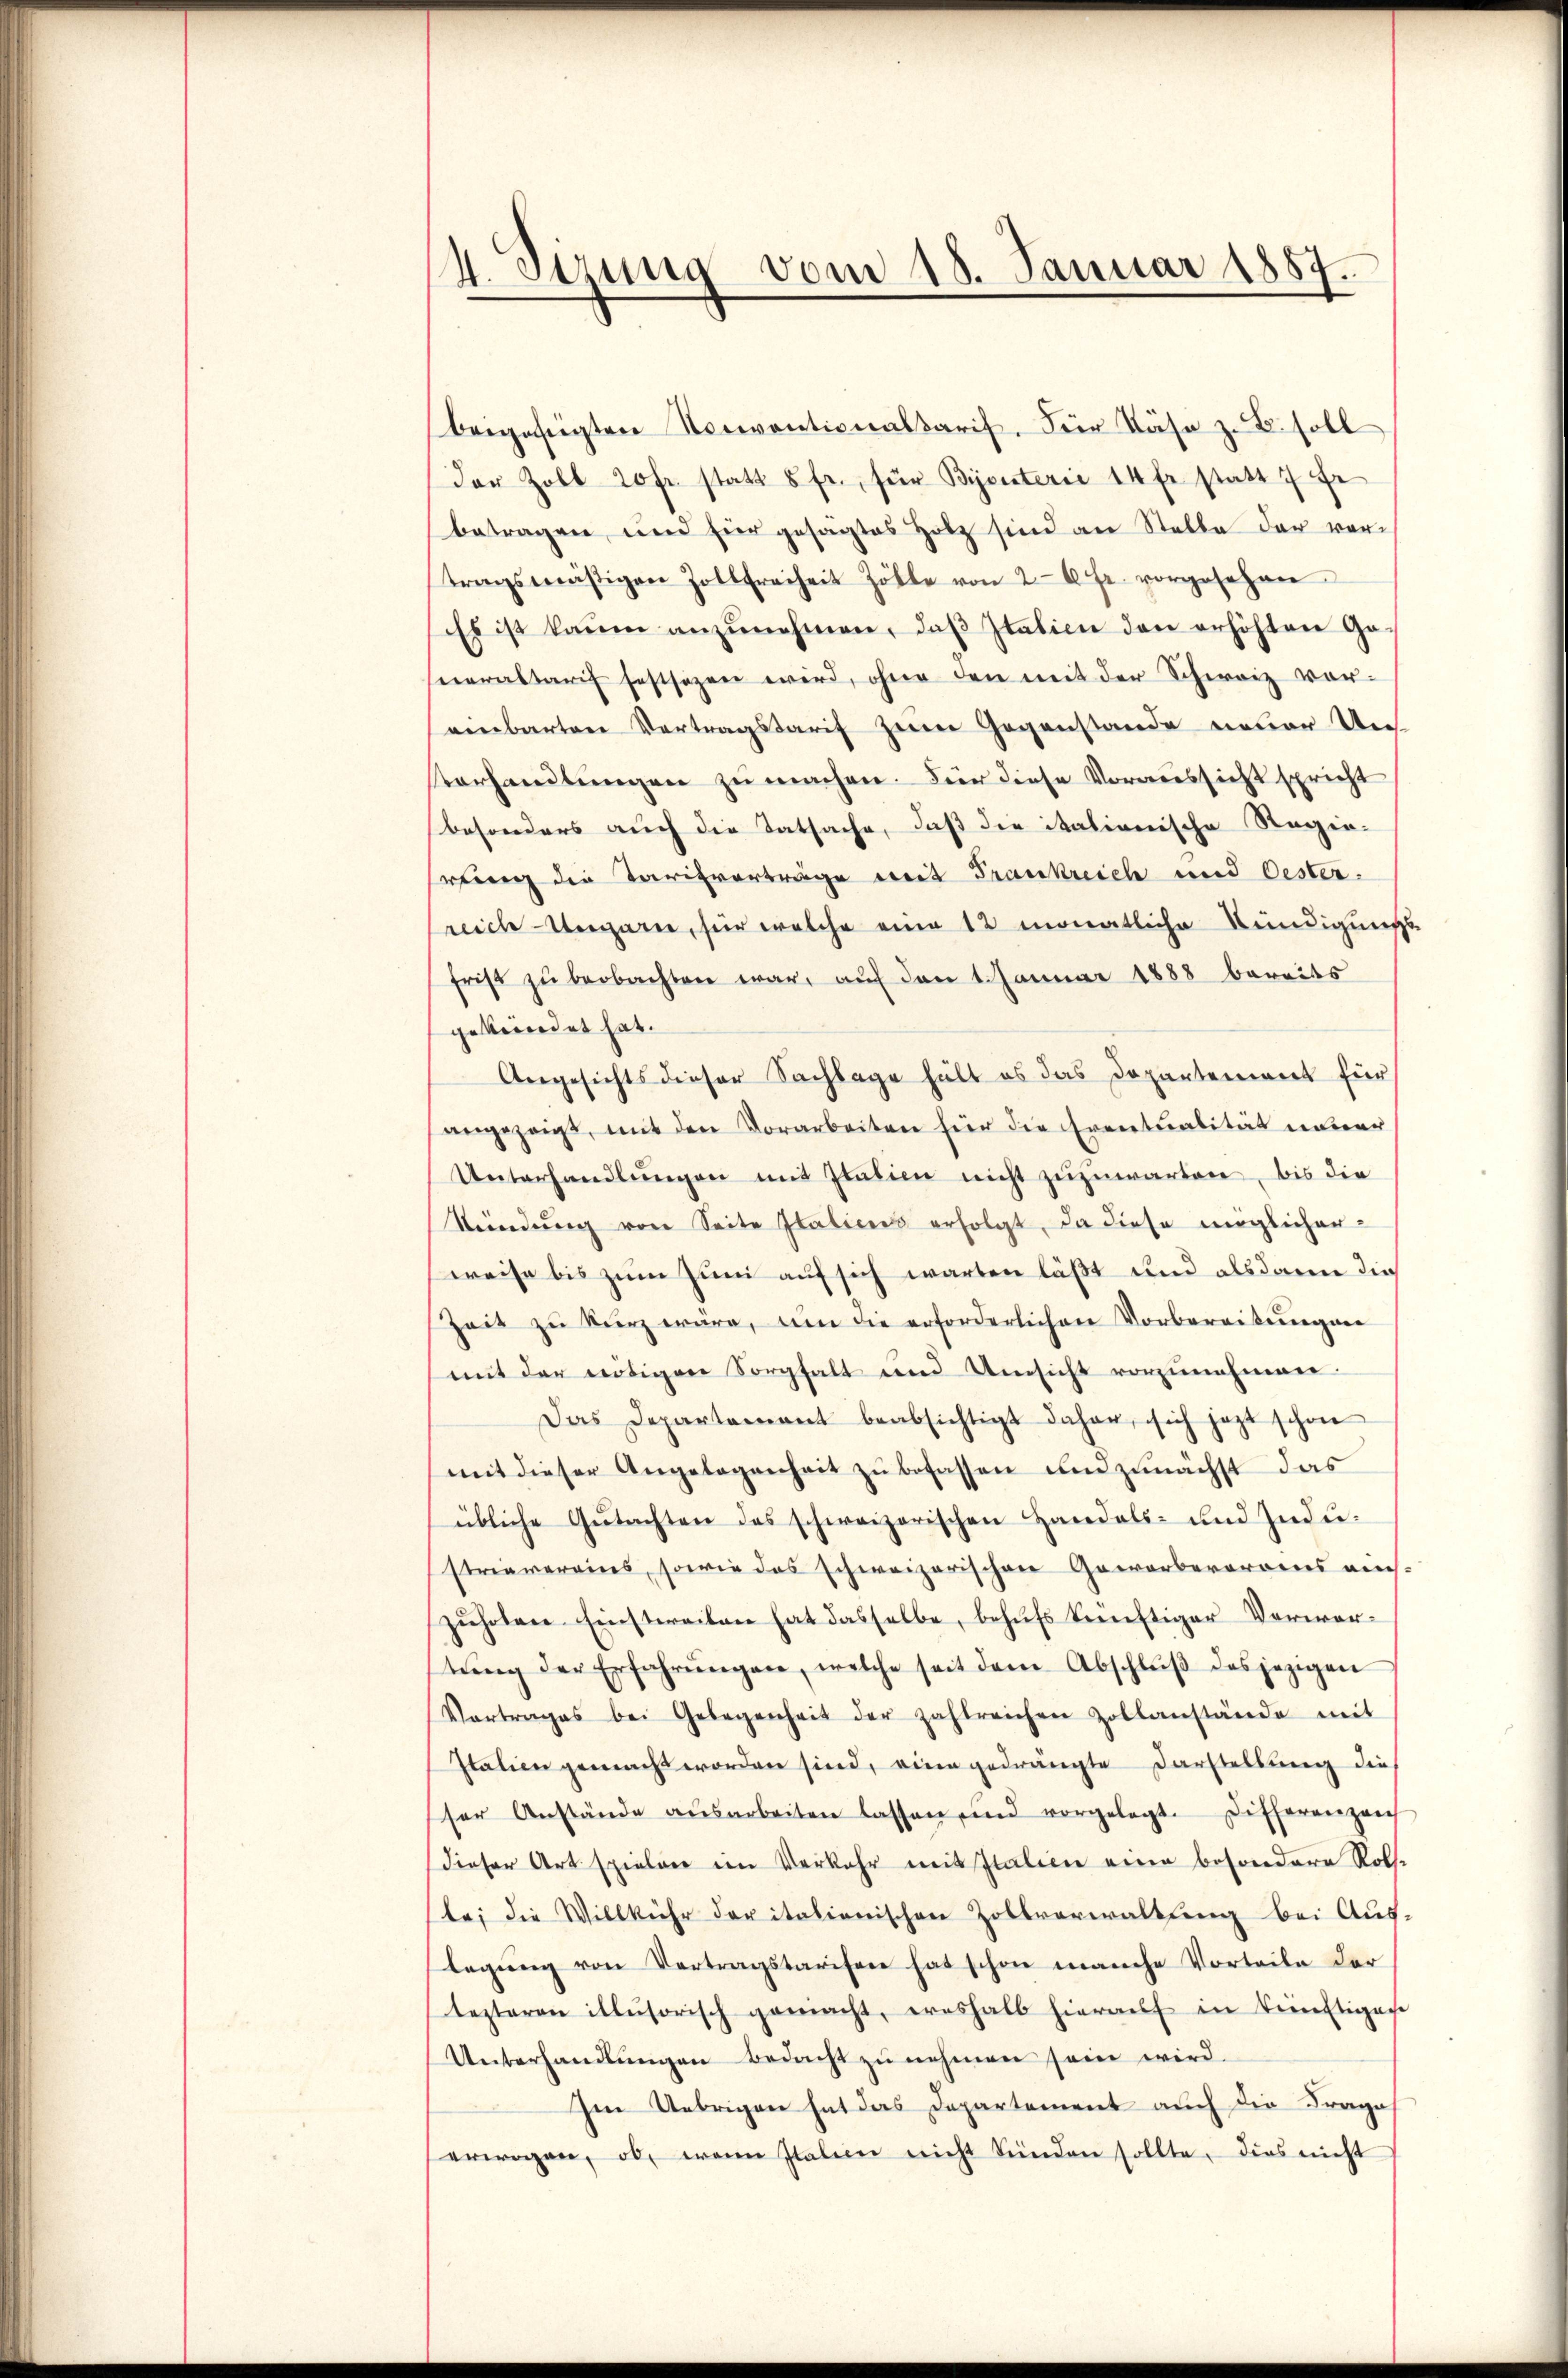
4. Sizung vom 18. Januar 1884.

beigefügten Noriventionaltaris. Für Nähe z. B. soll
der Zoll 20 fr. statt 5 fr., für Bijouterie 14 fr statt 7 Fr
betragen und für gesagtes Holz sind an Stelle der vortragsmäßigen Zollfreiheit Zölle von 260 fr. vorgesehen
Es ist kaum anzŭnehmen, daβ Italien den erhöhten Ge-
neraltarif festsezen wird, ohne den mit der Schweiz voreinbarten Vertragstarif zum Gegenstande neuer Un¬
Verhandlungen zu machen. Für diese Voraussicht spricht
besonders auch die Tatsache, daß die italionische Regie-
rung die Tarifverträge mit Frankreich und Oester.
reich ergarn, für welche eine 12 monatliche Kündigungs-
frist zu beobachten war, auf den 1. Januar 1888 bereits
geborendet hat.
Angesichts dieser Sachlage hält es das Departement für
angezeigt, mit den Vorarbeiten für die Eventualität inner
Unterhandlŭngen mit Italien nicht zuzuwarten, bis die
Sendung von Seite Italienis erfolgt, da diese möglicher-
weise bis zum Juni auf sich warten läßt und alsdann dies
Zeit zŭ kŭrz wäre, um die erforderlichen Vorbereitungen
mit der nötigen Sorgfalt und Umsicht vorzunehmen
Das Departament beabsichtigt daher, sich jezt schon
mit dieser Angelegenheit zu befassen und zunächst das
übliche Gŭtachten des schweizerischen Handels- und Industravereins, sowie das schweizerischen Geworberarois eins-
zuholen. Einstweilen hat dasselbe, behufs künftiger Verwortŭng der Erfahrŭngen, welche seit dem Abschlŭβ des jezigen
Vortrages bei Gelegenheit der zahlreichen Zollanstände mit
Italien gemacht worden sind, eine gedrängte Darstellung die
ser Anstände aŭsarbeiten lassen und vorgelegt. Differenzeich
dieser Art spieler im Verkehr mit Italien eine besondere Rols-
te; die Willkühr der italienischen Zollverwaltung bei Auslegŭng von Vertragstarifen hat schon manche Vorteile der
lezteren illusorisch gemacht, ereshalb hieraŭf in künftigen
Unterhandlungen bedacht zu nehmen sein wird.
Im Uebrigen hat das Departement auch die Frage
erwogen, ob, wenn Italien nicht künden sollte, dies nicht